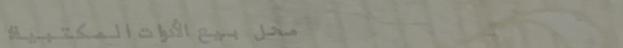
محل بيع الأدوات المكتبية: